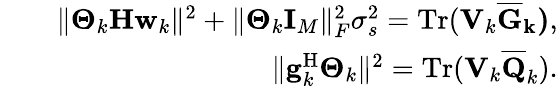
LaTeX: \begin{array}{rlr}&{}&{\Vert\boldsymbol{\Theta}_{k}\mathbf{H}\mathbf{w}_{k}\Vert^{2}+\Vert\boldsymbol{\Theta}_{k}\mathbf{I}_{M}\Vert_{F}^{2}\sigma_{s}^{2}=\mathrm{Tr}(\mathbf{V}_{k}\mathbf{\overline{{G}}_{k})},}\\ &{}&{\Vert\mathbf{g}_{k}^{\mathrm{H}}\boldsymbol{\Theta}_{k}\Vert^{2}=\mathrm{Tr}(\mathbf{V}_{k}\mathbf{\overline{{Q}}}_{k}).}\end{array}